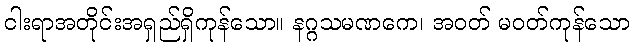
ငါးရာအတိုင်းအရှည်ရှိကုန်သော။ နဂ္ဂသမဏကေ၊ အဝတ် မဝတ်ကုန်သော